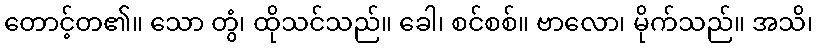
တောင့်တ၏။ သော တွံ၊ ထိုသင်သည်။ ခေါ၊ စင်စစ်။ ဗာလော၊ မိုက်သည်။ အသိ၊